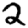
Digit: 2